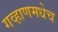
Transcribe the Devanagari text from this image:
गव्हाणमधेच